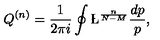
Q ^ { ( n ) } = \frac { 1 } { 2 \pi i } \oint \L ^ { \frac { n } { N - M } } \frac { d p } { p } ,